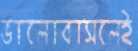
ভালোবাসলেই